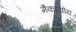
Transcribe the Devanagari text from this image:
मैकएवोय